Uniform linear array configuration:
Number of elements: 4
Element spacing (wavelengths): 1
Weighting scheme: hann
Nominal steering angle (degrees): -60
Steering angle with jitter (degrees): -58.496
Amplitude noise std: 0.05
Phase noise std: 0.05

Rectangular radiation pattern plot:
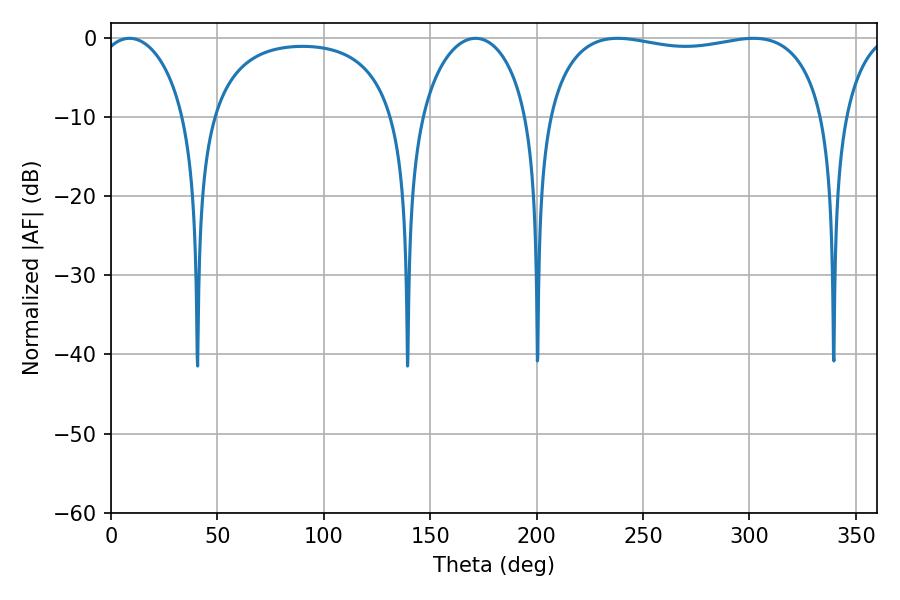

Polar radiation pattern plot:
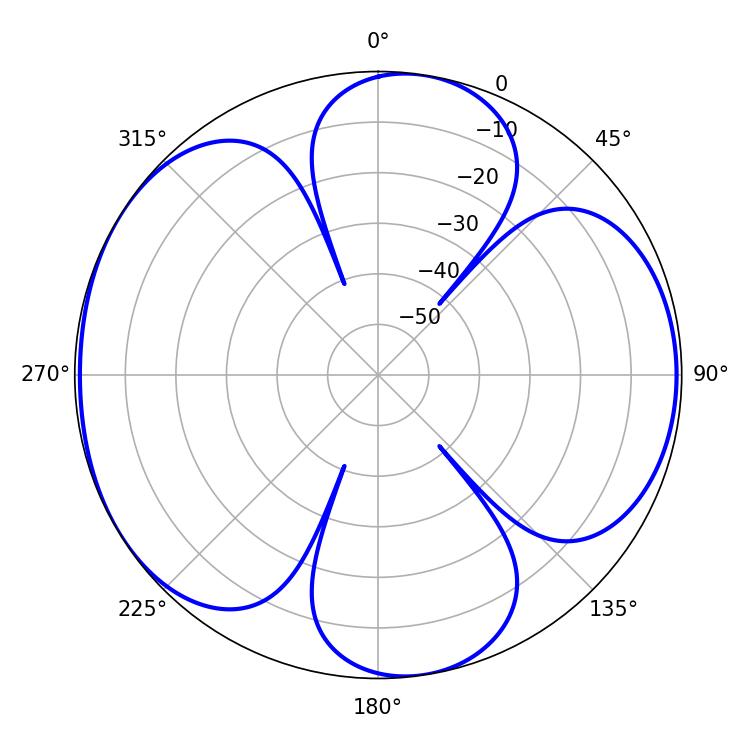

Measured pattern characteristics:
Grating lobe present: TRUE
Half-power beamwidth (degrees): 106.2
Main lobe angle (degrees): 238.14